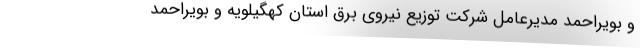
و بویراحمد مدیرعامل شرکت توزیع نیروی برق استان کهگیلویه و بویراحمد